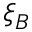
\xi _ { B }